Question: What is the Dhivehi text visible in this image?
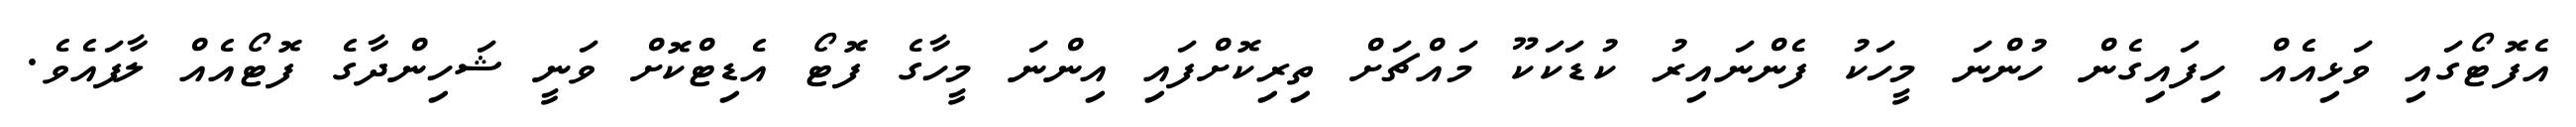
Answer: އެފޮޓޯގައި ވަޅިއެއް ހިފައިގެން ހުންނަ މީހަކު ފެންނައިރު ކުޑަކަކޫ މައްޗަށް ތިރިކޮށްފައި އިންނަ މީހާގެ ފޮޓޯ އެޑިޓްކޮށް ވަނީ ޝަހިންދާގެ ފޮޓޯއެއް ލާފައެވެ.